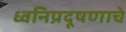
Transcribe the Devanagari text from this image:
ध्वनिप्रदूषणाचे